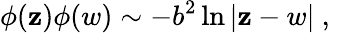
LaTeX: \phi(\mathbf{z})\phi(w)\sim-b^{2}\ln|\mathbf{z}-w|~,~~~